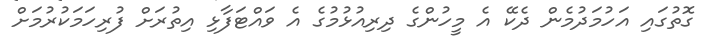
ގޮތުގައި އަހުމަދުމެން ދެކޭ އެ މީހުންގެ ދިރިއުޅުމުގެ އެ ވައްޓަފާޅި އިތުރަށް ފުރިހަމަކުރުމަށް